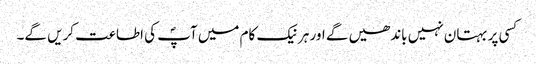
کسی پر بہتان نہیں باندھیں گے اور ہر نیک کام میں آپؐ کی اطاعت کریں گے۔